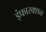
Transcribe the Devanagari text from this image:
इंफारक्शन